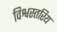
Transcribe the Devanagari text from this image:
विश्वस्तरिय